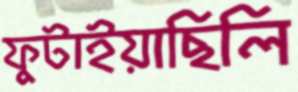
ফুটাইয়াছিলি